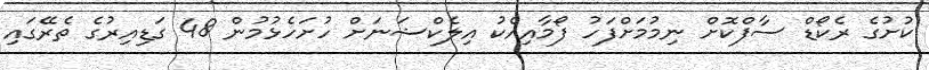
ކުށުގެ ރެކޯޑް ސާފްކޮށް ނިމުމަށްފަހު ފޯމާއިއެކު އިލެކްޝަނަށް ހުށަހެޅުމުން 48 ގަޑިއިރުގެ ތެރޭގައި